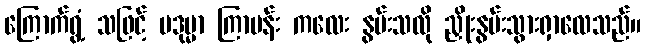
ကြောက်ရွံ့ သဖြင့် ပဒုမ္မာ ကြာပန်း ကလေး နွမ်းသလို ညှိုးနွမ်းသွားရှာလေသည်။